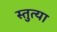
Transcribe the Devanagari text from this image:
स्तुत्या